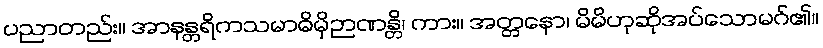
ပညာတည်း။ အာနန္တရိကသမာဓိမှိဉာဏန္တိ၊ ကား။ အတ္တနော၊ မိမိဟုဆိုအပ်သောမဂ်၏။